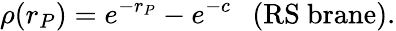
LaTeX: \rho(r_{P})=e^{-r_{P}}-e^{-c}~~~\mathrm{(RS~brane)}.